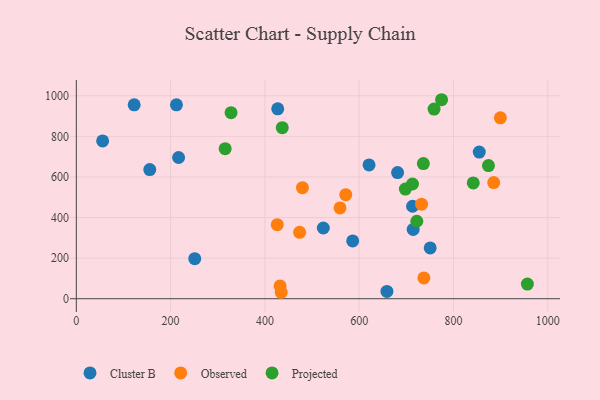
{"axis": {"x": "Investment", "y": "Profit"}, "legend": ["Cluster B", "Observed", "Projected"], "data": [{"x": "155.8", "y": 636.6, "type": "Cluster B"}, {"x": "854.6", "y": 722.4, "type": "Cluster B"}, {"x": "681.4", "y": 621.7, "type": "Cluster B"}, {"x": "216.9", "y": 695.8, "type": "Cluster B"}, {"x": "750.6", "y": 250.1, "type": "Cluster B"}, {"x": "620.9", "y": 659.1, "type": "Cluster B"}, {"x": "251.2", "y": 197.4, "type": "Cluster B"}, {"x": "55.8", "y": 777.5, "type": "Cluster B"}, {"x": "658.8", "y": 36.0, "type": "Cluster B"}, {"x": "714.5", "y": 341.7, "type": "Cluster B"}, {"x": "586.2", "y": 284.6, "type": "Cluster B"}, {"x": "427.2", "y": 935.7, "type": "Cluster B"}, {"x": "713.2", "y": 455.8, "type": "Cluster B"}, {"x": "122.7", "y": 955.3, "type": "Cluster B"}, {"x": "212.4", "y": 955.5, "type": "Cluster B"}, {"x": "523.9", "y": 348.4, "type": "Cluster B"}, {"x": "885.3", "y": 572.5, "type": "Observed"}, {"x": "473.6", "y": 327.1, "type": "Observed"}, {"x": "479.6", "y": 547.0, "type": "Observed"}, {"x": "732.2", "y": 466.1, "type": "Observed"}, {"x": "571.5", "y": 512.8, "type": "Observed"}, {"x": "737.2", "y": 102.4, "type": "Observed"}, {"x": "434.6", "y": 31.8, "type": "Observed"}, {"x": "432.2", "y": 63.3, "type": "Observed"}, {"x": "426.2", "y": 364.7, "type": "Observed"}, {"x": "899.4", "y": 891.5, "type": "Observed"}, {"x": "559.3", "y": 447.3, "type": "Observed"}, {"x": "774.7", "y": 980.6, "type": "Projected"}, {"x": "328.2", "y": 916.9, "type": "Projected"}, {"x": "841.9", "y": 570.4, "type": "Projected"}, {"x": "736.1", "y": 666.1, "type": "Projected"}, {"x": "874.2", "y": 656.2, "type": "Projected"}, {"x": "697.9", "y": 540.5, "type": "Projected"}, {"x": "758.8", "y": 934.6, "type": "Projected"}, {"x": "722.2", "y": 381.7, "type": "Projected"}, {"x": "436.8", "y": 843.0, "type": "Projected"}, {"x": "956.7", "y": 72.0, "type": "Projected"}, {"x": "315.7", "y": 739.6, "type": "Projected"}, {"x": "713.0", "y": 565.3, "type": "Projected"}]}